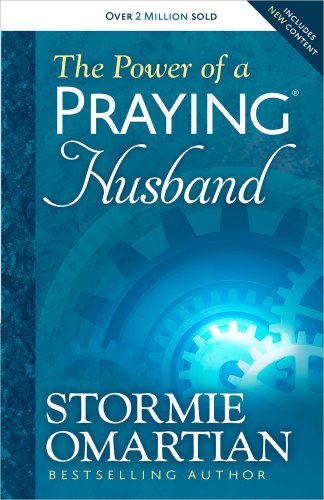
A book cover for The Power of a Praying Husband; Stormie Omartian; Parenting & Relationships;